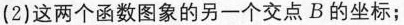
(2)这两个函数图象的另一个交点B的坐标；